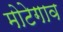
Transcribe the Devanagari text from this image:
मोटेगाव